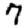
Digit: 7